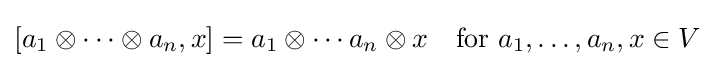
[a_{1}\otimes \cdots \otimes a_{n},x]=a_{1}\otimes \cdots a_{n}\otimes x\quad {\text{for }}a_{1},\ldots ,a_{n},x\in V